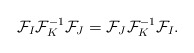
\begin{align*}{\cal F}_{I} {\cal F}_{K} ^{-1} {\cal F}_{J}= {\cal F}_{J} {\cal F}_{K}^{-1} {\cal F}_{I}.\end{align*}